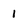
Character: 1